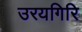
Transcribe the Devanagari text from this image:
उरयगिरि